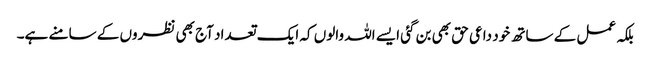
بلکہ عمل کے ساتھ خود داعی حق بھی بن گئی ایسے اللہ والوں کہ ایک تعداد آج بھی نظروں کے سامنے ہے۔